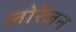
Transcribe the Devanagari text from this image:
लोरेंजन